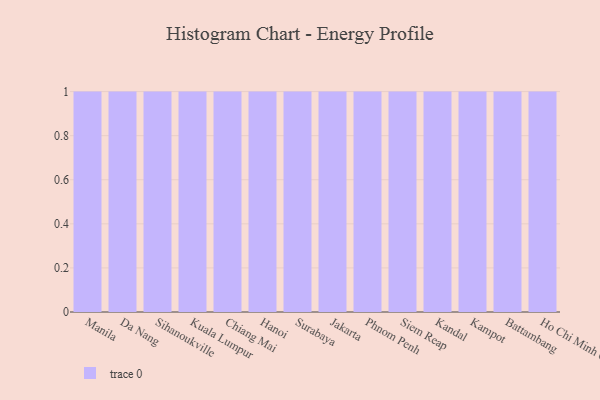
{"axis": {"x": "City", "y": "Net Income (USD K)"}, "legend": [""], "data": [{"x": "Manila", "y": 6, "type": ""}, {"x": "Da Nang", "y": 37, "type": ""}, {"x": "Sihanoukville", "y": 68, "type": ""}, {"x": "Kuala Lumpur", "y": 9, "type": ""}, {"x": "Chiang Mai", "y": 51, "type": ""}, {"x": "Hanoi", "y": 22, "type": ""}, {"x": "Surabaya", "y": 77, "type": ""}, {"x": "Jakarta", "y": 23, "type": ""}, {"x": "Phnom Penh", "y": 48, "type": ""}, {"x": "Siem Reap", "y": 21, "type": ""}, {"x": "Kandal", "y": 60, "type": ""}, {"x": "Kampot", "y": 59, "type": ""}, {"x": "Battambang", "y": 85, "type": ""}, {"x": "Ho Chi Minh City", "y": 13, "type": ""}]}